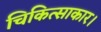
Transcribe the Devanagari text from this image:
चिकित्साकार।